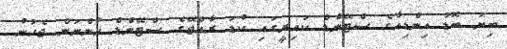
ބިޔަ ބޮޑު އިންޑިއާގެ ސްޓޭންޑް ކައިރީގައި ކުޑަ ރާއްޖޭގެ ސްޓޭންޑް ހުންނަން ޖެހުނު